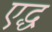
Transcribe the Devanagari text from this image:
एद्ध